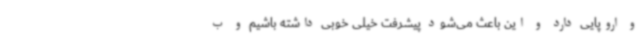
و اروپایی دارد و این باعث می‌شود پیشرفت خیلی خوبی داشته باشیم و ب